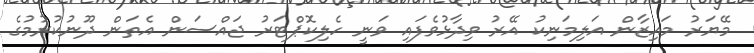
މޭޔަރު މައިޒާން އަލިމަނިކު އޭރު ވިދާޅުވެފައި ވަނީ ހެލިކޮޕްޓަރު ޖައްސަން އެތަން ދޫނުކުރުމުގެ